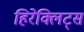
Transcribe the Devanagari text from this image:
हिरेक्लिट्स